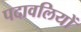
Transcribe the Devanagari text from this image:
पदावलियों